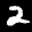
Label: 2